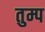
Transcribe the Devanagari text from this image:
तुम्प